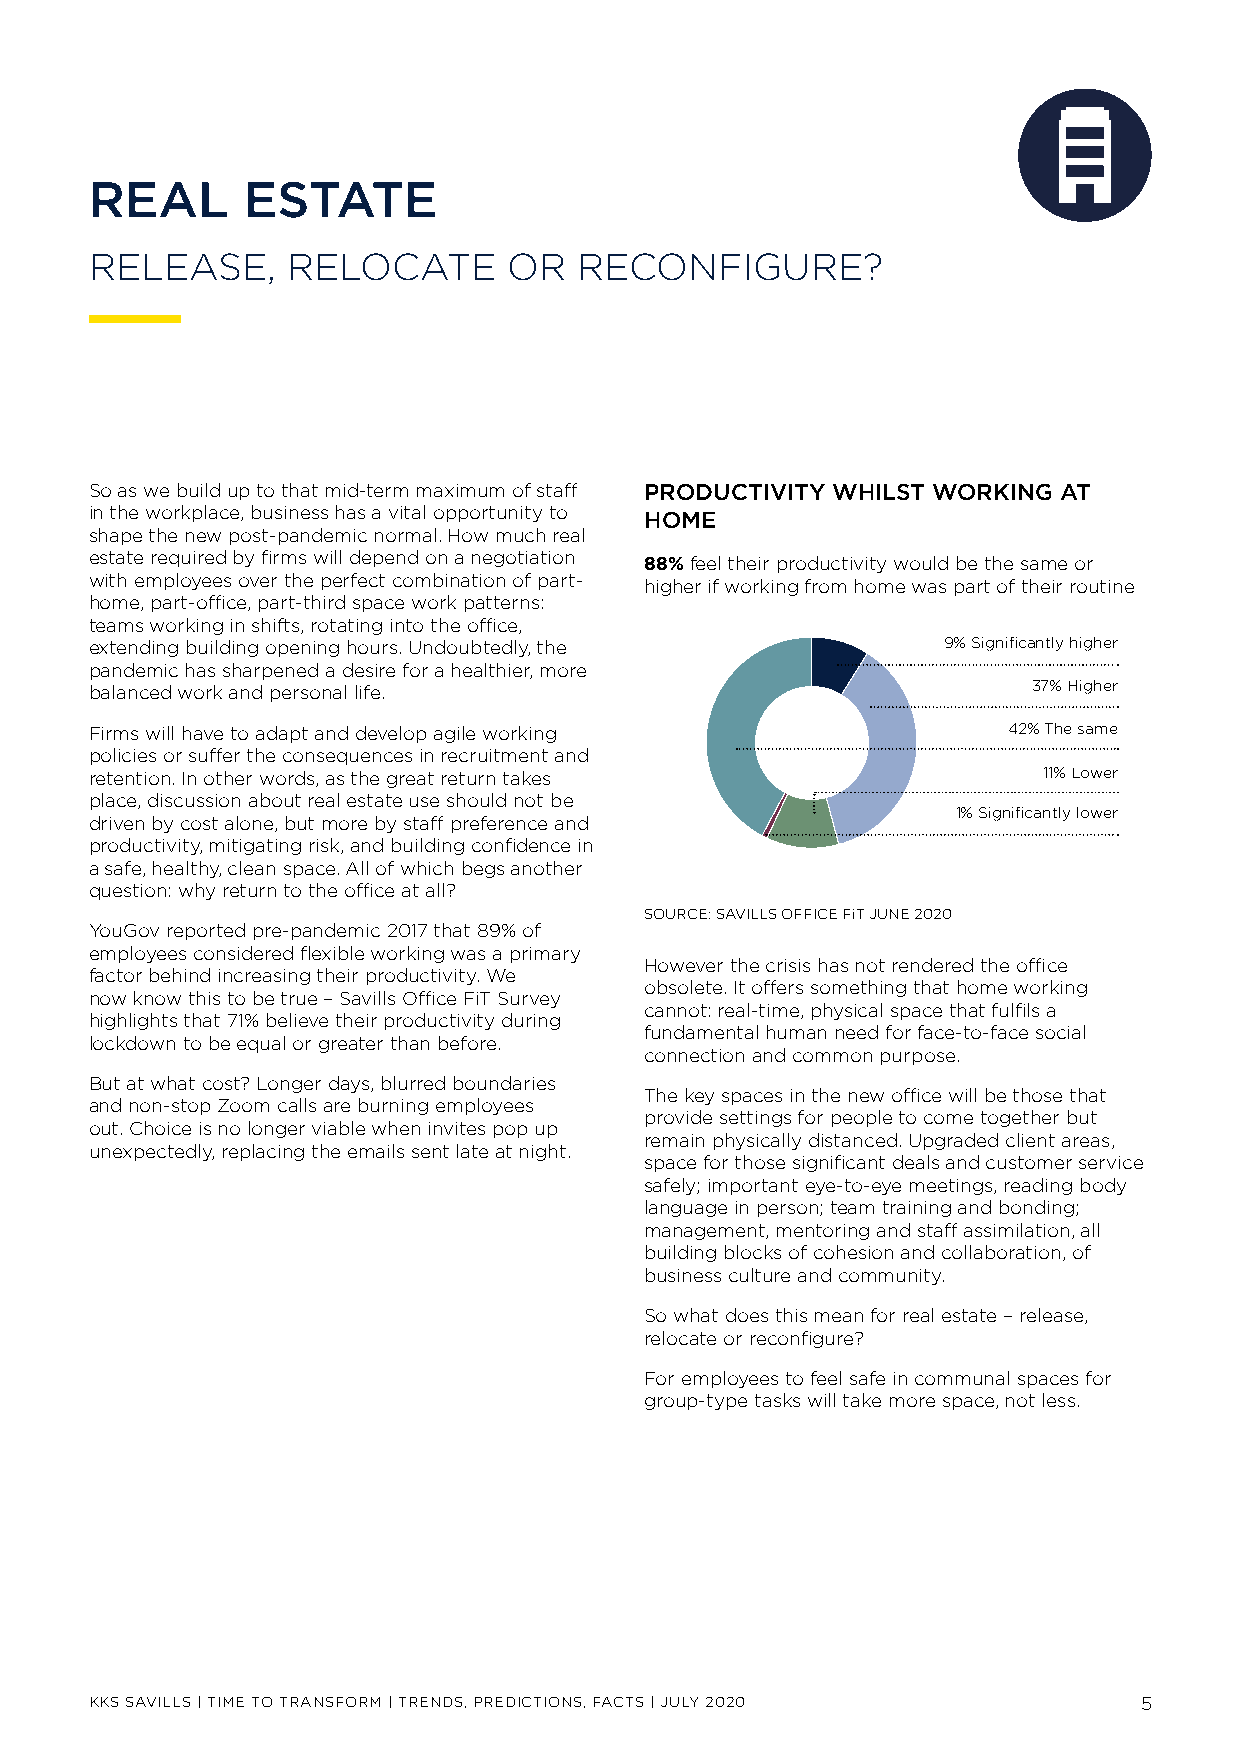
REAL      ESTATE
 RELEASE,     RELOCATE       OR  RECONFIGURE?
 So as we build up to that mid-term maximum of staff PRODUCTIVITY WHILST WORKING AT
 in the workplace, business has a vital opportunity to HOME
 shape the new post-pandemic normal. How much real
 estate required by firms will depend on a negotiation 88% feel their productivity would be the same or
 with employees over the perfect combination of part- higher if working from home was part of their routine
 home, part-office, part-third space work patterns:
 teams working in shifts, rotating into the office,
 extending building opening hours. Undoubtedly, the      9% Significantly higher
 pandemic has sharpened a desire for a healthier, more
 balanced work and personal life.                              37% Higher
 Firms will have to adapt and develop agile working           42% The same
 policies or suffer the consequences in recruitment and
 retention. In other words, as the great return takes           11% Lower
 place, discussion about real estate use should not be
 1% Significantly lower
 driven by cost alone, but more by staff preference and
 productivity, mitigating risk, and building confidence in
 a safe, healthy, clean space. All of which begs another
 question: why return to the office at all?
 SOURCE: SAVILLS OFFICE FiT JUNE 2020
 YouGov reported pre-pandemic 2017 that 89% of
 employees considered flexible working was a primary
 However the crisis has not rendered the office
 factor behind increasing their productivity. We
 obsolete. It offers something that home working
 now know this to be true – Savills Office FiT Survey
 cannot: real-time, physical space that fulfils a
 highlights that 71% believe their productivity during
 fundamental human need for face-to-face social
 lockdown to be equal or greater than before.
 connection and common purpose.
 But at what cost? Longer days, blurred boundaries
 The key spaces in the new office will be those that
 and non-stop Zoom calls are burning employees
 provide settings for people to come together but
 out. Choice is no longer viable when invites pop up
 remain physically distanced. Upgraded client areas,
 unexpectedly, replacing the emails sent late at night.
 space for those significant deals and customer service
 safely; important eye-to-eye meetings, reading body
 language in person; team training and bonding;
 management, mentoring and staff assimilation, all
 building blocks of cohesion and collaboration, of
 business culture and community.
 So what does this mean for real estate – release,
 relocate or reconfigure?
 For employees to feel safe in communal spaces for
 group-type tasks will take more space, not less.
 KKS SAVILLS | TIME TO TRANSFORM | TRENDS, PREDICTIONS, FACTS | JULY 2020 5